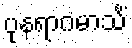
ပုနရာဂမာသိံ